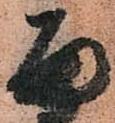
面